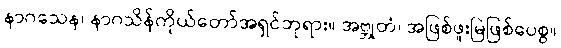
နာဂသေန၊ နာဂသိန်ကိုယ်တော်အရှင်ဘုရား။ အဗ္ဘုတံ၊ အဖြစ်ဖူးမြဲဖြစ်ပေစွ။